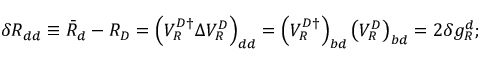
\delta R _ { d d } \equiv \bar { R } _ { d } - R _ { D } = \left( V _ { R } ^ { D \dagger } \Delta V _ { R } ^ { D } \right) _ { d d } = \left( V _ { R } ^ { D \dagger } \right) _ { b d } \left( V _ { R } ^ { D } \right) _ { b d } = 2 \delta g _ { R } ^ { d } ;